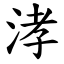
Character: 涍